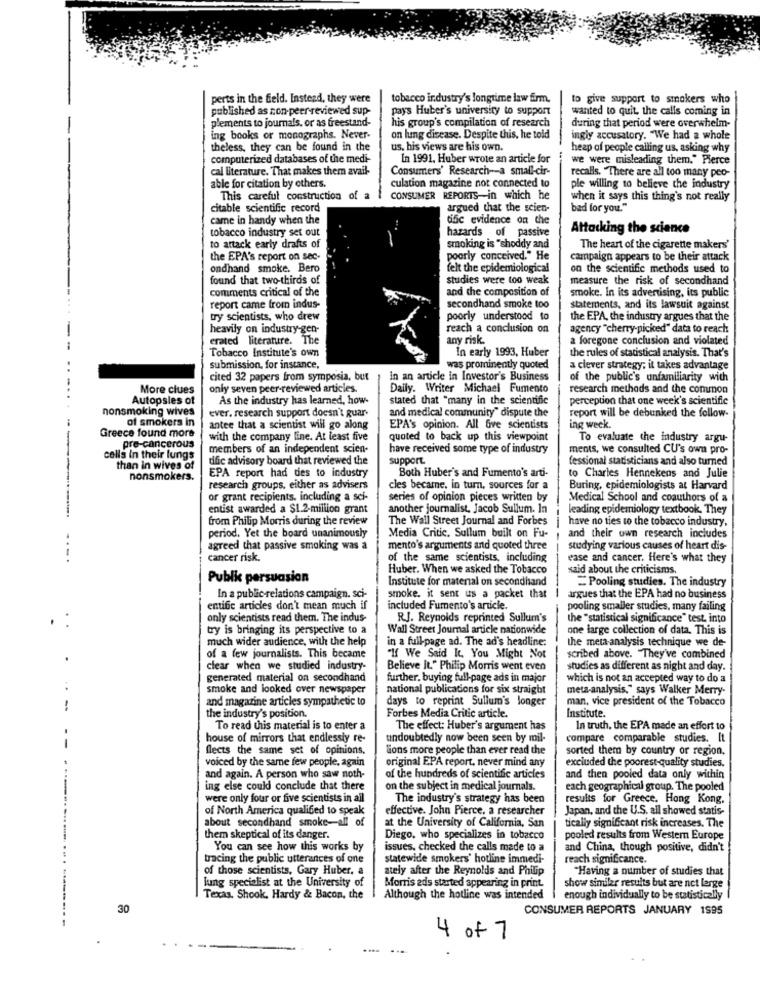
perts in the field. Instead, they were
tobacco industry's longtime law firm.
to give support to smokers who
published as non-peer-reviewed sup-
pays Huber's university to support
wanted to quit, the calls coming in
plements to journals, or as freestand-
his group's compilation of research
during that period were overwhelm-
ing books or monographs. Never-
on lung disease. Despite this, he told
ingly accusatory. "We had a whole
theless, they can be found in the
us. his views are his own.
heap of people calling us, asking why
computerized databases of the medi-
In 1991. Huber wrote an article for
we were misleading them," Pierce
cal literature. That makes them avail-
Consumers' Research -- a small-cir-
recalls. "There are all too many peo-
able for citation by others.
culation magazine not connected to
ple willing to believe the industry
This careful construction of a
CONSUMER REPORTS-in which he
when it says this thing's not really
citable scientific record
argued that the scien-
bad for you."
came in handy when the
difc evidence on che
tobacco industry set out
hazards of passive
Attacking the science
to attack early drafts of
smoking is "shoddy and
The heart of the cigarette makers'
the EPA's report on sec-
poorly conceived." He
campaign appears to be their attack
ondhand smoke. Bero
felt the epidemiological
on the scientific methods used to
found that two-thirds of
studies were too weak
measure the risk of secondhand
comments critical of the
and the composition of
smoke. In its advertising, its public
report came from indus-
secondhand smoke too
statements, and its lawsuit against
try scientists, who drew
poorly understood to
the EPA, the industry argues that the
heavily on industry-gen-
reach a conclusion on
agency "cherry-picked" data to reach
erated literature. The
any risk.
a foregone conclusion and violated
Tobacco Institute's own
In early 1993, Huber
the rules of statistical analysis. That's
submission, for instance,
was prominently quoted
a clever strategy; it takes advantage
cited 32 papers from symposia, but
in an article in Investor's Business
of the public's unfamiliarity with
More clues
only seven peer-reviewed articles.
Daily. Writer Michael Fumento
research methods and the common
Autopsies of
As the industry has learned, how-
stated that "many in the scientific
perception that one week's scientific
nonsmoking wives
ever. research support doesn't guar-
and medical community" dispute the
report will be debunked the follow-
of smokers in
antee that a scientist will go along
EPA's opinion. All Gve scientists
ing weck.
Greece found more
with the company line. At least five
quoted to back up this viewpoint
To evaluate the industry argu-
pre-cancerous
members of an independent scien-
have received some type of industry
ments, we consulted CU's own pro-
cells in their lungs
dific advisory board that reviewed the
support.
fessional statisticians and also turned
---
than in wives of
EPA report had des to industry
nonsmokers.
Both Huber's and Fumento's arti-
to Charles Hennekens and Julie
research groups, either as advisers
cles became, in turn, sources for a
Buring, epidemiologists at Harvard
or grant recipients, including a sci-
series of opinion pieces written by
Medical School and coauthors of a
entist awarded a $1.2-million grant
another journalist. Jacob Sullum. In
leading epidemiology textbook, They
from Philip Morris during the review
The Wall Street Journal and Forbes
have no ties to the tobacco industry,
period, Yet the board unanimously
Media Critic. Sullum built on Fu-
and their own research includes
agreed that passive smoking was a
mento's arguments and quoted three
studying various causes of heart dis-
...
cancer risk.
of the same scientists, including
ease and cancer. Here's what they
Huber. When we asked the Tobacco
said about the criticisms.
Publik persuasion
Institute for material on secondhand
=Pooling studies. The industry
In a public-relations campaign. sci-
smoke. it sent us a packet that
argues that the EPA had no business
entific articles don't mean much if
included Fumento's article.
pooling smaller studies, many failing
only scientists read them. The indus-
R.J. Reynolds reprinted Sullum's
the "statistical significance" test. into
try is bringing its perspective to a
Wall Street Journal article nationwide
one large collection of data. This is
much wider audience, with the help
in a full-page ad. The ad's headline:
the meta-analysis technique we de-
of a few journalists. This became
"If We Said It. You Might Not
scribed above. They've combined
clear when we studied industry-
Believe It." Philip Morris went even
studies as different as night and day.
generated material on secondhand
further, buying full-page ads in major
which is not an accepted way to do a
smoke and looked over newspaper
national publications for six straight
meta-analysis," says Walker Merry-
and magazine articles sympathetic to
days to reprint Sullum's longer
man, vice president of the Tobacco
the industry's position.
Forbes Media Critic article.
Institute.
To read this material is to enter a
The effect: Huber's argument has
In truth. the EPA made an effort to
house of mirrors that endlessly re-
undoubtedly now been seen by mil-
compare comparable studies. It
flects the same set of opinions.
lions more people than ever read the
sorted them by country or region.
voiced by the same few people, again
original EPA report, never mind any
excluded the poorest-quality studies.
and again. A person who saw noth-
of the hundreds of scientific articles
and then pooled data only within
ing else could conclude that there
on the subject in medical journals.
each geographical group. The pooled
were only four or five scientists in ail
The industry's strategy has been
results for Greece. Hong Kong.
of North America qualified to speak
effective. John Pierce, a researcher
Japan, and the U.S. all showed statis-
about secondhand smoke-all of
at the University of California, San
tically significant risk increases. The
them skeptical of its danger.
Diego, who specializes in tobacco
pooled results from Western Europe
You can see how this works by
issues, checked the calls made to a
and China, though positive, didn't
tracing the public utterances of one
statewide smokers' hotline immedi-
reach significance.
of those scientists, Gary Huber, a
ately after the Reynolds and Philip
"Having a number of studies that
lung specialist at the University of
Morris ads started appearing in print.
show similar results but are not large
Texas. Shook, Hardy & Bacon, the
Although the hotline was intended
enough individually to be statistically
30
CONSUMER REPORTS JANUARY 1995
4 of 7
....